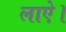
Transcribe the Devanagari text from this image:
लाऐ।